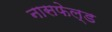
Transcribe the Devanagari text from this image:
नासफेल्ड